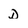
Character: d